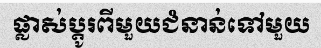
ផ្លាស់ប្តូរពីមួយជំនាន់ទៅមួយ